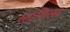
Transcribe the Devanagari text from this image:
स्तागिरस